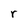
Character: r